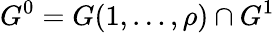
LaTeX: G^{0}=G(1,\ldots,\rho)\cap G^{1}